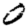
Digit: 0